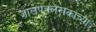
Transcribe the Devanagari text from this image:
जालपत्रलेखकांच्या